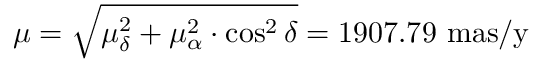
\mu = { \sqrt { \mu _ { \delta } ^ { 2 } + \mu _ { \alpha } ^ { 2 } \cdot \cos ^ { 2 } \delta } } = 1 9 0 7 . 7 9 ~ { \mathrm { m a s / y } }